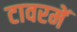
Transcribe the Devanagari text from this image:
टावरमें